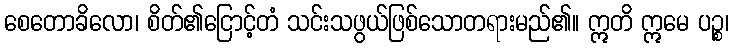
စေတောခိလော၊ စိတ်၏ငြောင့်တံ သင်းသဖွယ်ဖြစ်သောတရားမည်၏။ ဣတိ ဣမေ ပဉ္စ၊